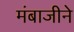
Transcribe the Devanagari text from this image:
मंबाजीने